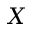
X